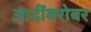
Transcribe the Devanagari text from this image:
आदींबरोबर